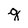
Character: q